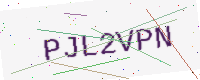
Text: PJL2VPN